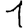
Digit: 1